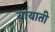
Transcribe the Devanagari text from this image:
यायाती